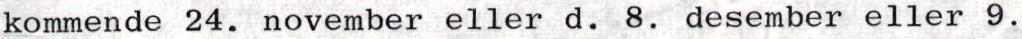
kommende 24. november eller d. 8. desember eller 9.